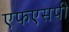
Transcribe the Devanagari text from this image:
एफएसपी